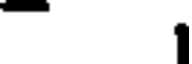
-